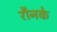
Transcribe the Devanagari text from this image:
रौनके